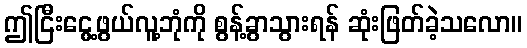
ဤငြီးငွေ့ဖွယ်လူ့ဘုံကို စွန့်ခွာသွားရန် ဆုံးဖြတ်ခဲ့သလော။